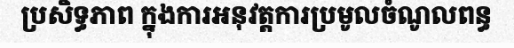
ប្រសិទ្ធភាព ក្នុងការអនុវត្តការប្រមូលចំណូលពន្ធ